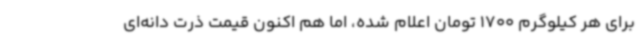
برای هر کیلوگرم 1700 تومان اعلام شده، اما هم اکنون قیمت ذرت دانه‌ای